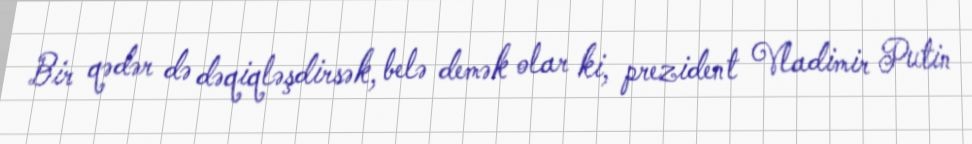
Bir qədər də dəqiqləşdirsək, belə demək olar ki, prezident Vladimir Putin